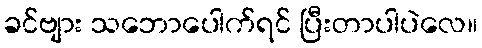
ခင်ဗျား သဘောပေါက်ရင် ပြီးတာပါပဲလေ။